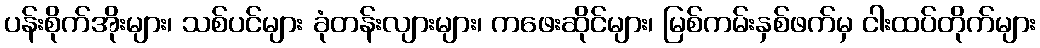
ပန်းစိုက်အိုးများ၊ သစ်ပင်များ ခုံတန်းလျားများ၊ ကဖေးဆိုင်များ၊ မြစ်ကမ်းနှစ်ဖက်မှ ငါးထပ်တိုက်များ